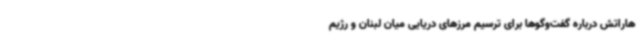
هاراتش درباره گفت‌وگوها برای ترسیم مرزهای دریایی میان لبنان و رژیم